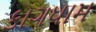
કાગધામ